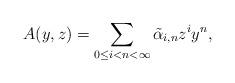
LaTeX: \begin{align*}A(y,z)=\sum_{0 \leq i<n<\infty}\tilde\alpha_{i,n}z^{i}y^{n},\end{align*}